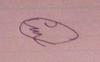
Signature authenticity: forged